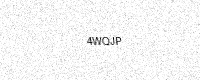
Text: 4WQJP